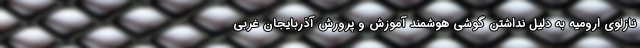
نازلوی ارومیه به دلیل نداشتن گوشی هوشمند آموزش و پرورش آذربایجان غربی